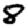
Digit: 8